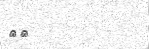
٩١